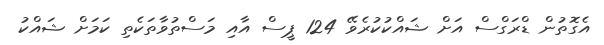
އެގޮތުން ޑްރަގްސް އަށް ޝައްކުކުރެވޭ 124 ޕީސް އާއި މަސްތުވާތަކެތި ކަމަށް ޝައްކު